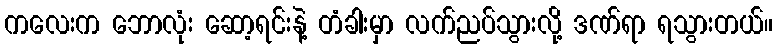
ကလေးက ဘောလုံး ဆော့ရင်းနဲ့ တံခါးမှာ လက်ညပ်သွားလို့ ဒဏ်ရာ ရသွားတယ်။